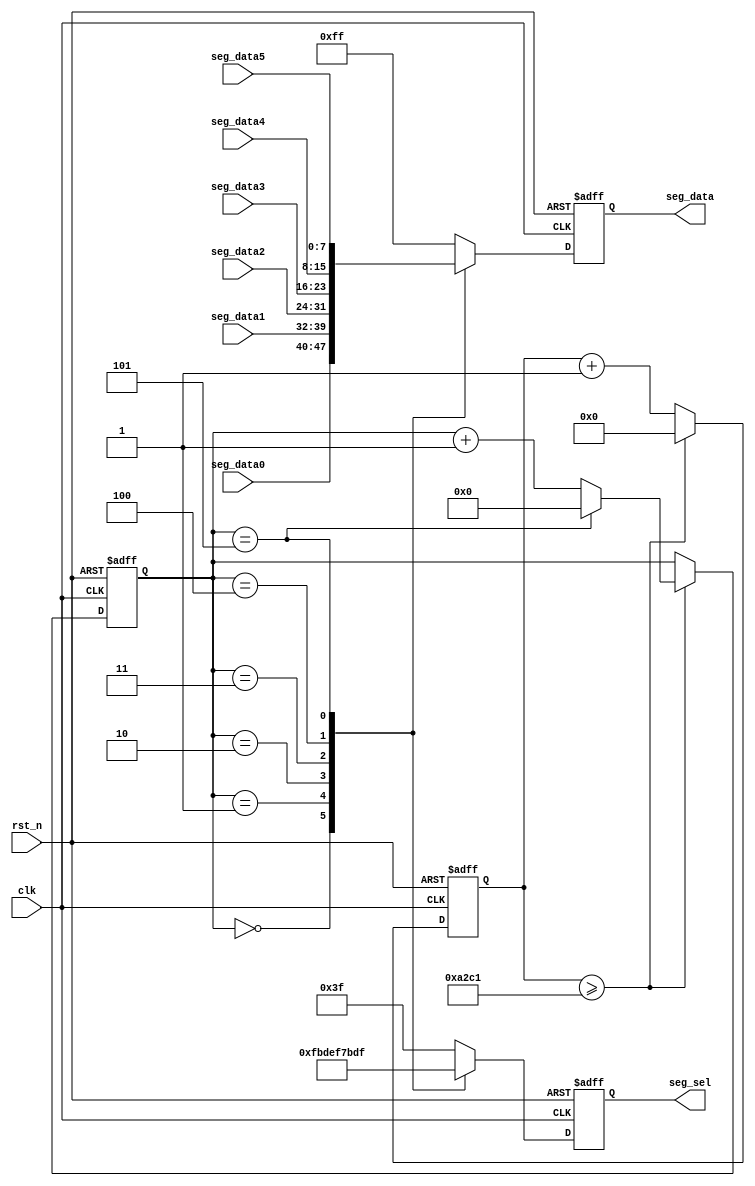
//*************************************************************************/

module seg_scan(
		input 				clk,
		input 				rst_n,
		output reg[5:0] 	seg_sel,
		output reg[7:0] 	seg_data,
		input[7:0] 			seg_data0,
		input[7:0] 			seg_data1,
		input[7:0] 			seg_data2,
		input[7:0] 			seg_data3,
		input[7:0] 			seg_data4,
		input[7:0] 			seg_data5
);
// define clk_fre and scan cycle
parameter SCAN_FRE = 200;
parameter CLK_FRE = 50000000; // 

parameter SCAN_CYCLE = CLK_FRE/(SCAN_FRE*6)-1;

reg[31:0] 	scan_timer;
reg[3:0]		scan_sel;

always@(posedge clk or negedge rst_n)
begin
	if(rst_n == 1'b0)
		begin
		scan_timer <= 32'b0;
		scan_sel <= 4'b0;
		end
	else if(scan_timer >= SCAN_CYCLE)
		begin
		scan_timer  <= 32'B0;
		if(scan_sel == 4'd5)
			scan_sel	<= 4'd0;
		else
			scan_sel <= scan_sel + 4'd1;
		end
	else
		begin 
		scan_timer <= scan_timer + 32'b1;
		end
end

always@(posedge clk or negedge rst_n)
begin
	if(rst_n == 1'b0)
		begin
		seg_sel <= 6'b11_1111;
		seg_data <= 8'hff;
		end
	else
	begin
		case(scan_sel)
			4'd0:
				//first digital led
				begin
					seg_sel <= 6'b11_1110;
					seg_data <= seg_data0;
				end
				//second digital led
			4'd1:
				begin
					seg_sel <= 6'b11_1101;
					seg_data <= seg_data1;
				end
			4'd2:
				begin
					seg_sel <= 6'b11_1011;
					seg_data <= seg_data2;
				end
			4'd3:
				begin
					seg_sel <= 6'b11_0111;
					seg_data <= seg_data3;
				end
			4'd4:
				begin
					seg_sel <= 6'b10_1111;
					seg_data <= seg_data4;
				end
			4'd5:
				begin
					seg_sel <= 6'b01_1111;
					seg_data <= seg_data5;
				end
			default:
				begin
					seg_sel <= 6'b11_1111;
					seg_data <= 8'hff;
				end
			endcase	
	end
end

endmodule